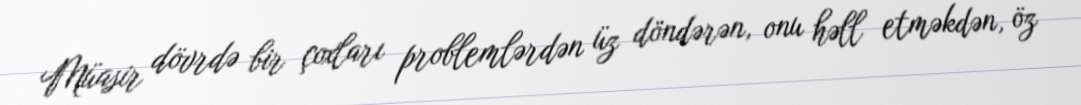
Müasir dövrdə bir çoxları problemlərdən üz döndərən, onu həll etməkdən, öz